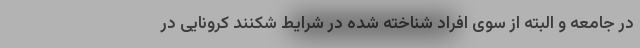
در جامعه و البته از سوی افراد شناخته شده در شرایط شکنند کرونایی در